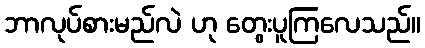
ဘာလုပ်စားမည်လဲ ဟု တွေးပူကြလေသည်။